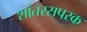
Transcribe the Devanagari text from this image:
शांतरसपरक